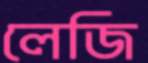
লেজি